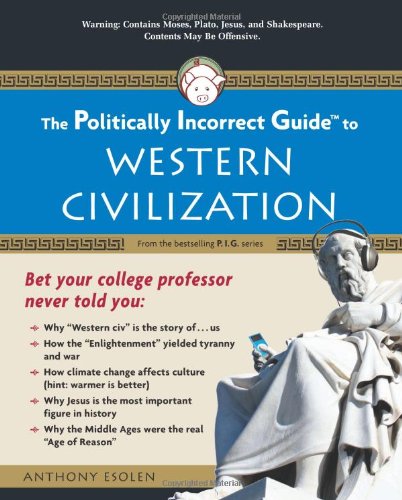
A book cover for The Politically Incorrect Guide to Western Civilization (Politically Incorrect Guides); Anthony Esolen; History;